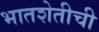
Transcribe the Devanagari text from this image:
भातशेतीची